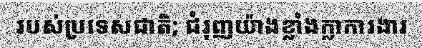
របស់ប្រទេសជាតិ; ជំរុញយ៉ាងខ្លាំងក្លាការងារ